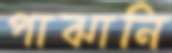
পাঝানি